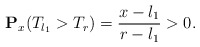
\begin{align*}\mathbf{P}_x(T_{l_1}>T_r)=\frac{x-l_1}{r-l_1}>0. \end{align*}